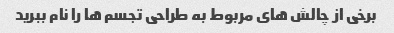
برخی از چالش های مربوط به طراحی تجسم ها را نام ببرید